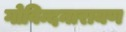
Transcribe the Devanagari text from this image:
गोविन्दनारायण